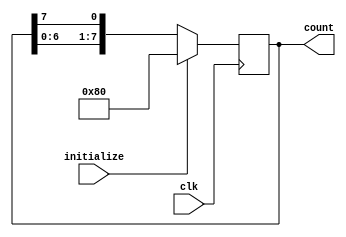
`timescale 1ns / 1ps
module ring_counter(clk,initialize,count);
input clk,initialize;
output reg [7:0] count;
always@(posedge clk)
begin
    if(initialize) count = 8'b10000000;
    else 
    count<={count[6:0],count[7]};
end
endmodule